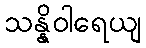
သန္နိဝါရေယျ